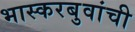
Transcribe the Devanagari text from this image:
भास्करबुवांची